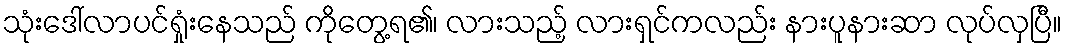
သုံးဒေါ်လာပင်ရှုံးနေသည် ကိုတွေ့ရ၏၊ လားသည့် လားရှင်ကလည်း နားပူနားဆာ လုပ်လှပြီ။